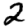
Digit: 2